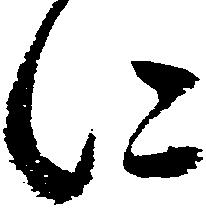
に